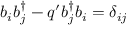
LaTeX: b _ { i } b _ { j } ^ { \dagger } - q ^ { \prime } b _ { j } ^ { \dagger } b _ { i } = \delta _ { i j }